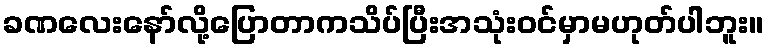
ခဏလေးနော်လို့ပြောတာကသိပ်ပြီးအသုံးဝင်မှာမဟုတ်ပါဘူး။